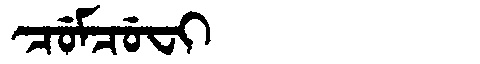
Manchu: ᠴᡠᠮᠴᡠᠸᡳ
Romanization: CUMCUFI